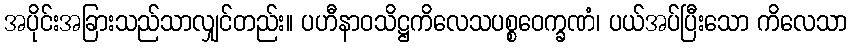
အပိုင်းအခြားသည်သာလျှင်တည်း။ ပဟီနာဝသိဋ္ဌကိလေသပစ္စဝေက္ခဏံ၊ ပယ်အပ်ပြီးသော ကိလေသာ